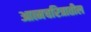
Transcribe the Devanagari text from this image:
आत्मचरित्रातील